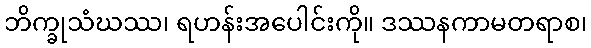
ဘိက္ခုသံဃဿ၊ ရဟန်းအပေါင်းကို။ ဒဿနကာမတရာစ၊